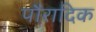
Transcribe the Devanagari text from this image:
पौरादिक